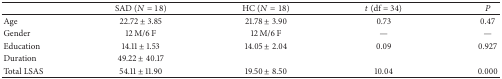
|  | SAD (N = 18) | HC (N = 18) | t (df = 34) | P |
 | --- | --- | --- | --- | --- |
 | Age | 22.72 ± 3.85 | 21.78 ± 3.90 | 0.73 | 0.47 |
 | Gender | 12 M/6 F | 12 M/6 F | — | — |
 | Education | 14.11 ± 1.53 | 14.05 ± 2.04 | 0.09 | 0.927 |
 | Duration | 49.22 ± 40.17 |  |  |  |
 | Total LSAS | 54.11 ± 11.90 | 19.50 ± 8.50 | 10.04 | 0.000 |